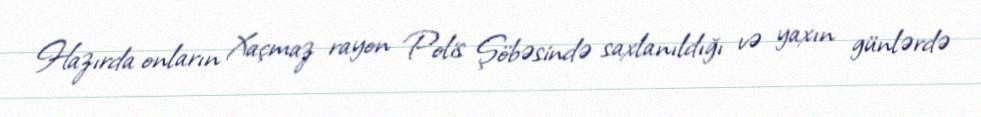
Hazırda onların Xaçmaz rayon Polis Şöbəsində saxlanıldığı və yaxın günlərdə